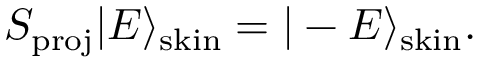
S _ { \mathrm { p r o j } } | E \rangle _ { \mathrm { s k i n } } = | - E \rangle _ { \mathrm { s k i n } } .